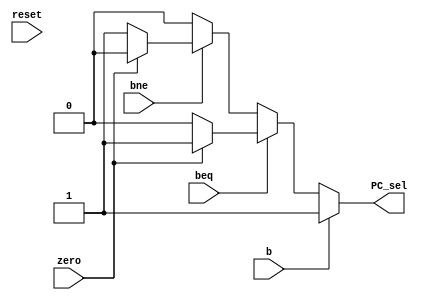
module Branch_Module(
    input wire beq, bne, b, zero, reset,
	 output reg PC_sel
    );
	 
	 always @(*) begin
	 if (reset) begin
	 PC_sel = 1'b0;
	 end
	 if (b==1'b1) begin
	     PC_sel = 1'b1;
		  
	 end
	 
	 else if (beq==1'b1) begin
		  if (zero==1'b1) begin
	         PC_sel = 1'b1;
		  end
		  else begin
		      PC_sel = 1'b0;
		  end
	 end
	 
	 else if (bne==1'b1) begin
		  if (zero == 1'b0) begin
	         PC_sel = 1'b1;
		  end
		  else begin
		      PC_sel = 1'b0;
		  end
	 end
	 else begin
		 PC_sel = 1'b0;
	 
	 end
	 end
	 


endmodule